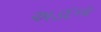
અડદના